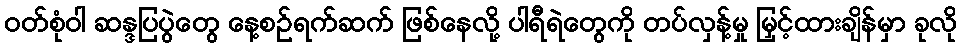
ဝတ်စုံဝါ ဆန္ဒပြပွဲတွေ နေ့စဉ်ရက်ဆက် ဖြစ်နေလို့ ပါရီရဲတွေကို တပ်လှန့်မှု မြှင့်ထားချိန်မှာ ခုလို